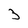
Character: 3